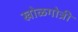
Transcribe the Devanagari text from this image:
खोळगोत्री